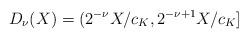
LaTeX: \begin{align*}D_{\nu}(X) = (2^{-\nu}X/c_K, 2^{-\nu + 1}X/c_K]\end{align*}